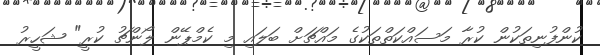
ކުންފުނިތަކުން ކުރާ މަސައްކަތްތަކުގެ މައްޗަށް ބަލައި މި ކެމްޕޭން ލޯންޗު ކުރީ" ޝަހީރު